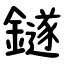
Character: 鐩